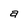
Character: a